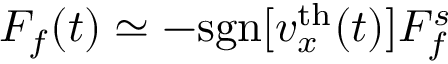
F _ { f } ( t ) \simeq - \mathrm { s g n } [ v _ { x } ^ { \mathrm { t h } } ( t ) ] F _ { f } ^ { s }